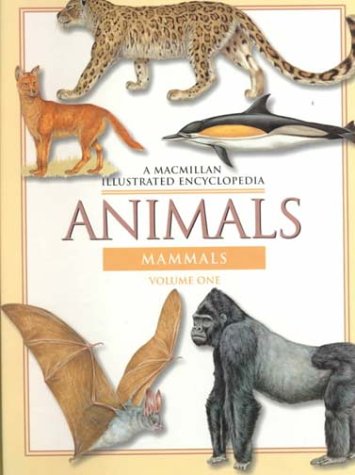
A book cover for Animals: A Macmillan Illustrated Encyclopedia (3 vol. set)(MacMillan Illustrated Encyclopedia); Science & Math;